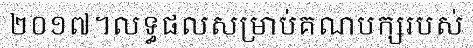
២០១៧។លទ្ធផលសម្រាប់គណបក្សរបស់